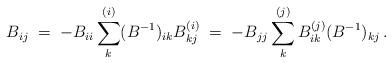
LaTeX: \begin{align*} B_{ij} \;=\; - B_{ii} \sum_{k}^{(i)} (B^{-1})_{ik} B_{kj}^{(i)} \;=\; - B_{jj} \sum_k^{(j)} B^{(j)} _{ik} (B^{-1})_{kj}\,.\end{align*}